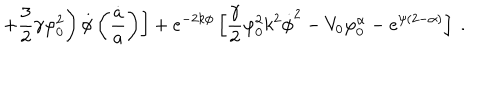
\ \ \left. \left. + \frac { 3 } { 2 } \gamma \varphi _ { 0 } ^ { 2 } \right) \dot { \phi } \left( \frac { \dot { a } } { a } \right) \right] + e ^ { - 2 k \phi } \left[ \frac { \gamma } { 2 } \varphi _ { 0 } ^ { 2 } k ^ { 2 } \dot { \phi } ^ { 2 } - V _ { 0 } \varphi _ { 0 } ^ { \alpha } - e ^ { \psi ( 2 - \alpha ) } \right] \ .